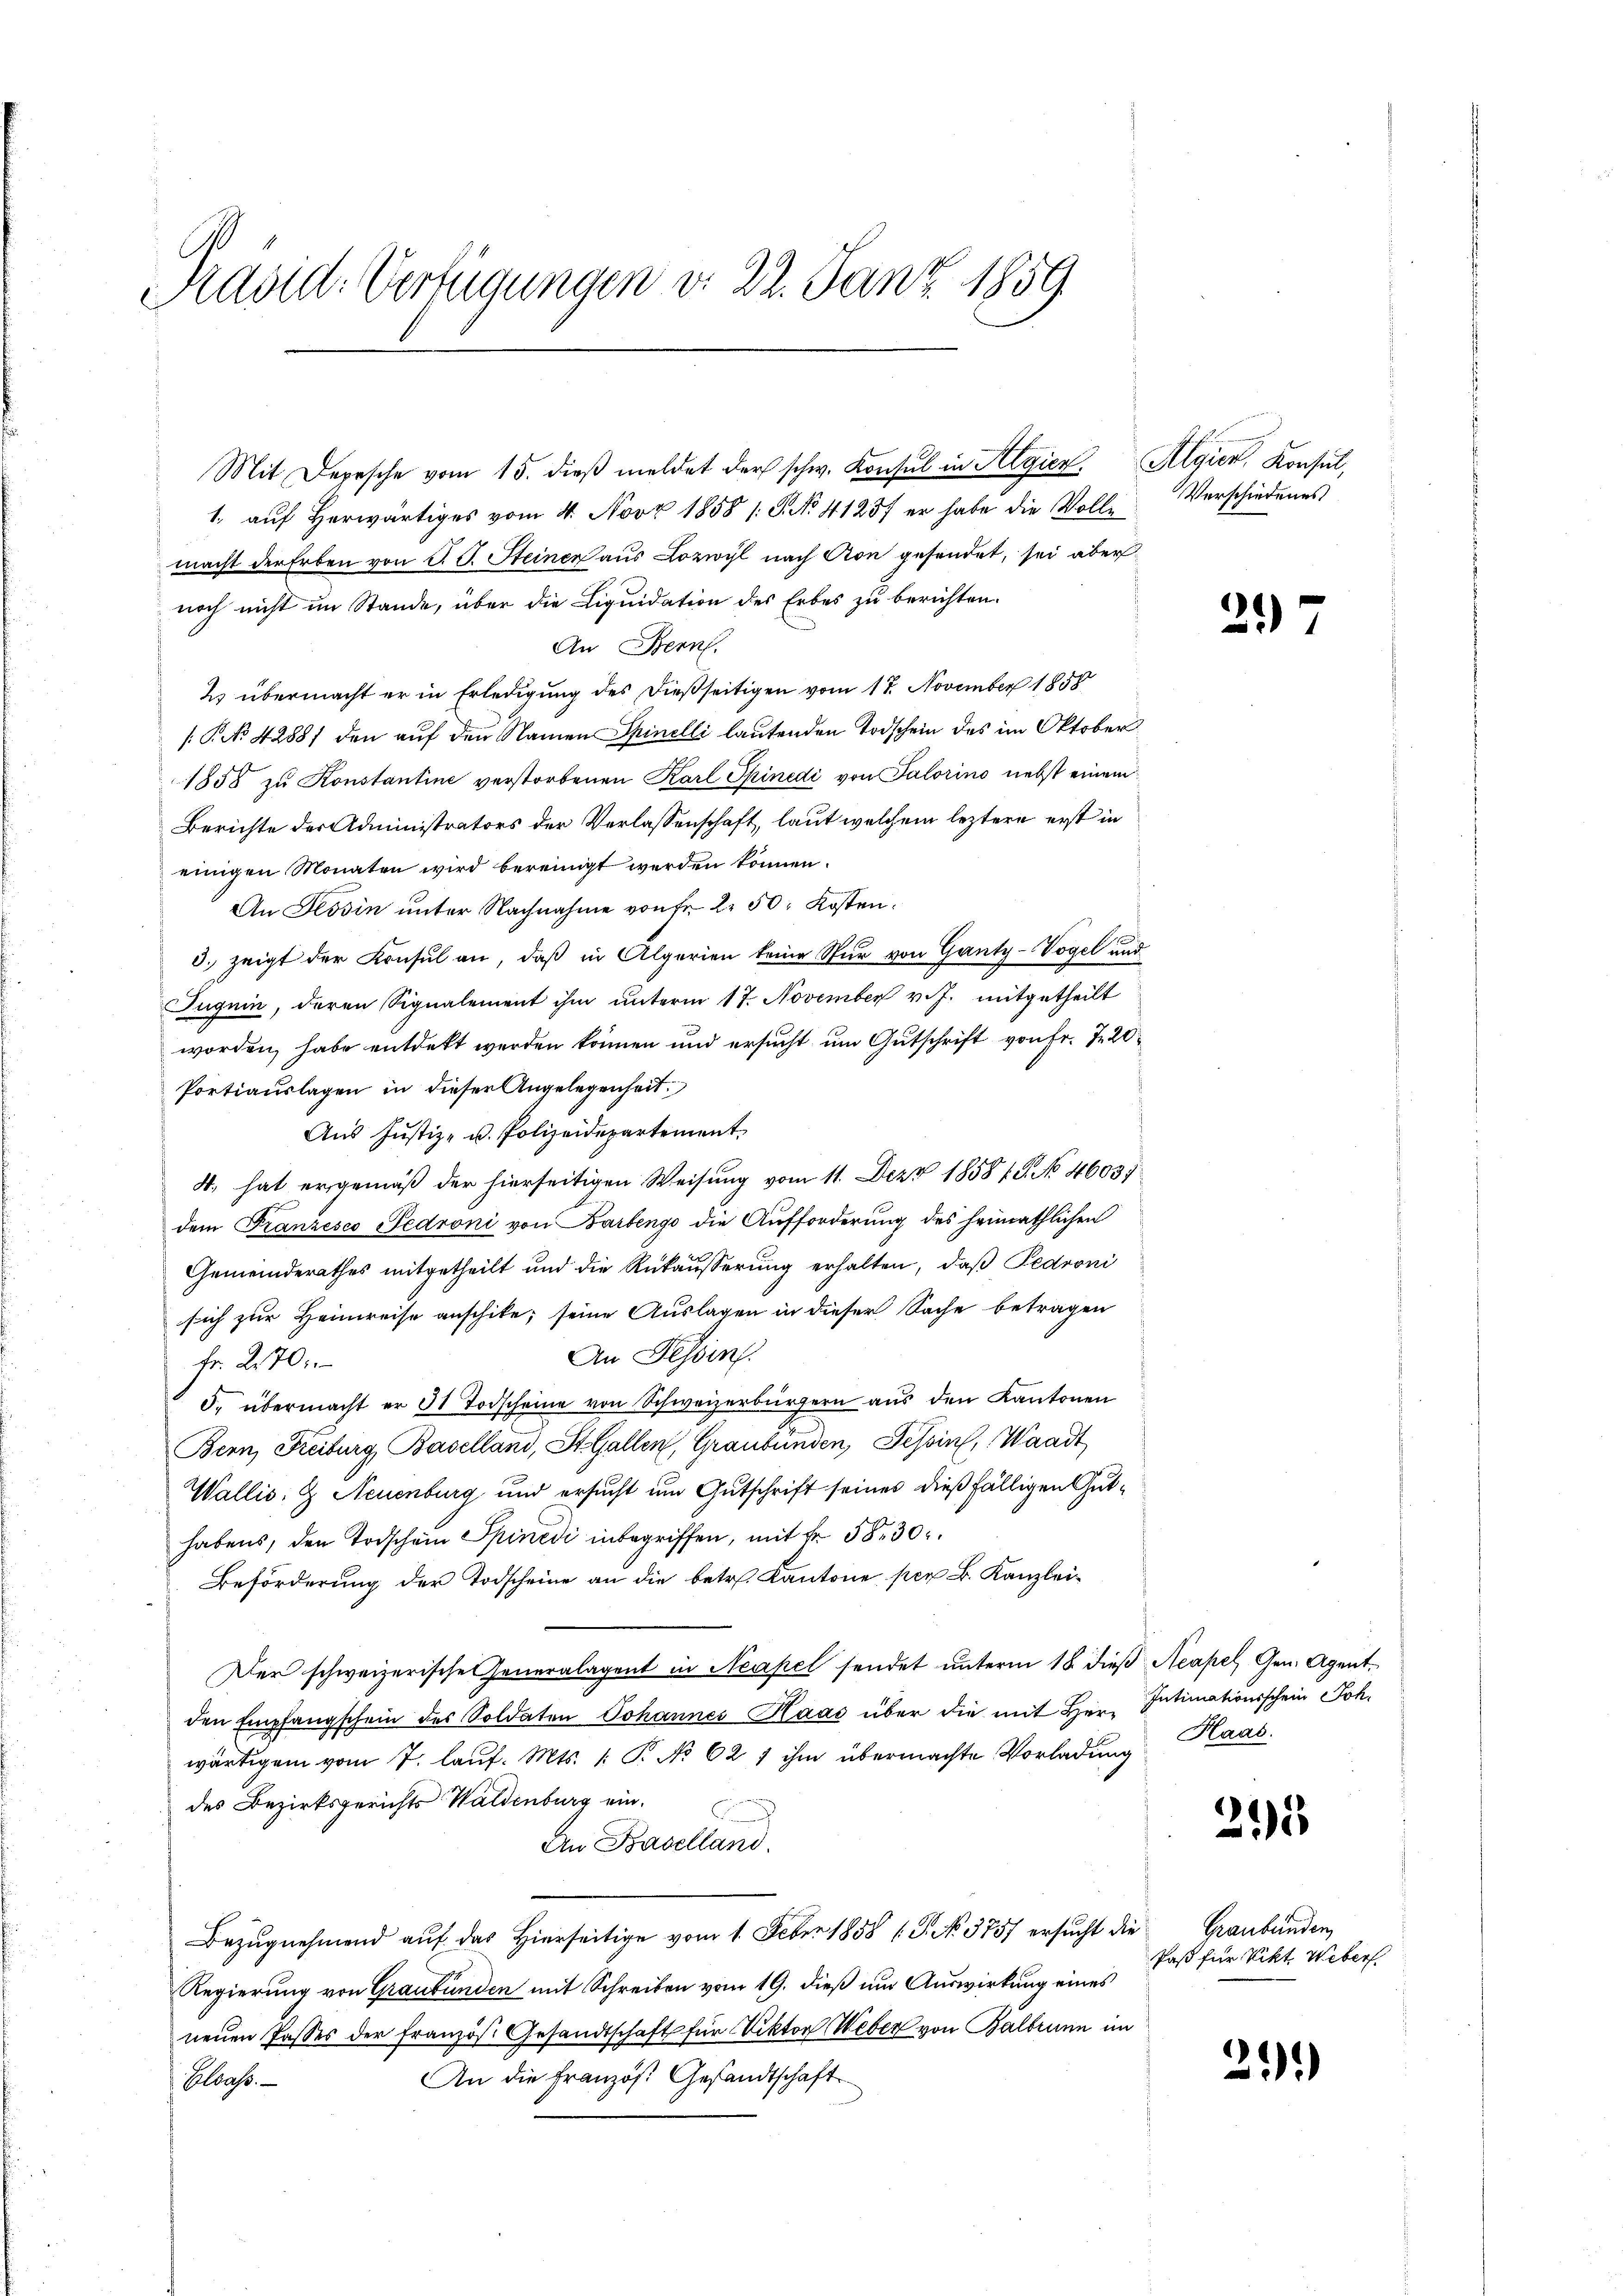
Präsid. Verfügungen d. 22. Janz. 1859

Mit Depesche vom 15. dieβ meldet der schw. Konsul in Algier. Algier, Konsul,
1. aŭf herwärtiges vom 4. Nov 1858 /: P. No. 41257 er habe die Volle
macht der Erben von P. J. Steiner aus Lozwyl nach Aon gesendet, sei aber
noch nicht im Stande, über die Liquidation des Erbes zu berichten.
An Bern.
2) übermacht er in Erledigung des dießseitigen vom 17. November 1858
[P No. 42881 den auf den Namen Spinelli lautenden Todschein des im Oktober
1858 zu Konstantine verstorbenen Karl Spinedi von Salorino nebst einem
Berichte der Administrators der Verlassenschaft, laut welchem leztere erst in
einigen Monaten wird bereinigt werden können.
An Tessin unter Nachnahme von Fr. 2. 50. Kosten.
3. zeigt der Konsul an, daß in Algerien keine Spur von Ganty-Vogel und
Juguin, deren Signalement ihm unterm 17. November v. J. mitgetheilt
worden, habe entdekt werden können und ersucht um Gutschrift von Fr. 7 20
Portiauslagen in dieser Angelegenheit
Aus Justiz- u. Polizeidepartement,
4. hat ergemäß der hierseitigen Weisung vom 11. Dez. 1858/5. No 4603
dem Franzesco Pedroni von Barbengo die Aufforderung des heimathlichen
Gemeinderathes mitgetheilt und die Rükäŭserŭng erhalten, daβ Pedroni
sich zur Heimreise anschite; seine Auslagen in dieser Sache betragen
An Tessin.
Fr. 270.
5. übermacht er 31 Todscheine von Schweizerbürgern aus den Kantonen
Bern, Freiburg Baselland, St. Gallen, Graubünden, Tessin, Waadt
Wallis, & Neuenburg, und ersucht um Gutschrift seines dießfälligen Guthabens, den Todschein Spinedi inbegriffen, mit Fr. 5830
Beförderung der Todscheine an die betr. Kantone per B. Kanzlei¬
Der schweizerische Generalagent in Neapel sendet unterm 18. dieβ Neapel, Gen. Agentden Empfangschein des Soldaten Johannes Kaas über die mit Herr Intimationsschein Joh.
wärtigem vom 7. lauf. Mts. 1: P. No 627 ihm übermachte Vorladung
des Bezirksgerichts Waldenburg ein.
An Baselland.
Bezŭgnehmend auf das Hierseitige vom 1. Feber 1858 (S. 3757 ersŭcht die Graubünden,
Regierung von Graubünden mit Schreiben vom 19. dieß um Auswirkung eines
neuen Passes der französ. Gesandtschaft für Viktor Weber von Balbrunn im
An die Französ. Gesandtschaft
Elsass.

Verschiedenes

21)

Haas

211

Paß für Vikt. Weber.

2